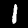
Digit: 1